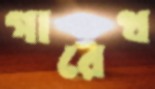
গারেথ